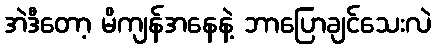
အဲဒီတော့ မိကျန်အနေနဲ့ ဘာပြောချင်သေးလဲ